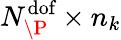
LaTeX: N_{\P}^{\textrm{dof}}\times n_{k}